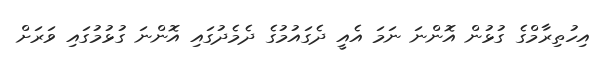
އިހުތިރާމްގެ ގުޅުން އޮންނަ ނަމަ އެއީ ދެގައުމުގެ ދެމެދުގައި އޮންނަ ގުޅުމުގައި ވަރަށް